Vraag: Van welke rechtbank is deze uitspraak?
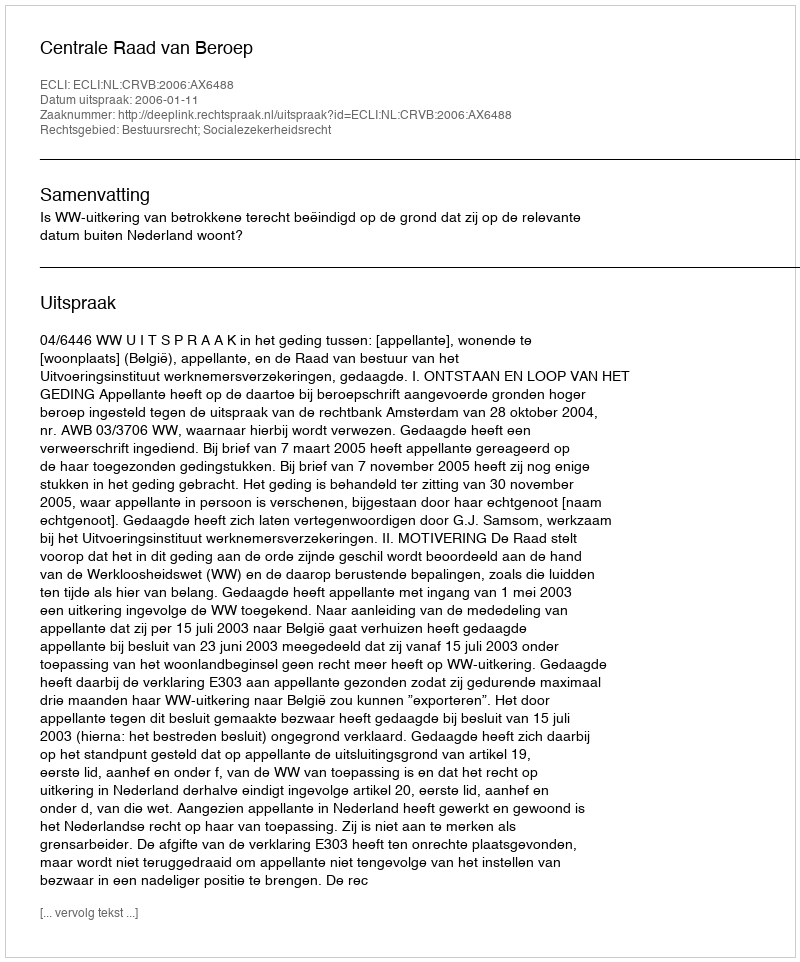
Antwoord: Centrale Raad van Beroep